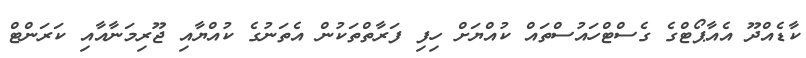
ކާޑެއްދޫ އެއާޕޯޓްގެ ގެސްޓްހައުސްތައް ކުއްޔަށް ހިފި ފަރާތްތަކުން އެތަނުގެ ކުއްޔާއި ޖޫރިމަނާއާއި ކަރަންޓް